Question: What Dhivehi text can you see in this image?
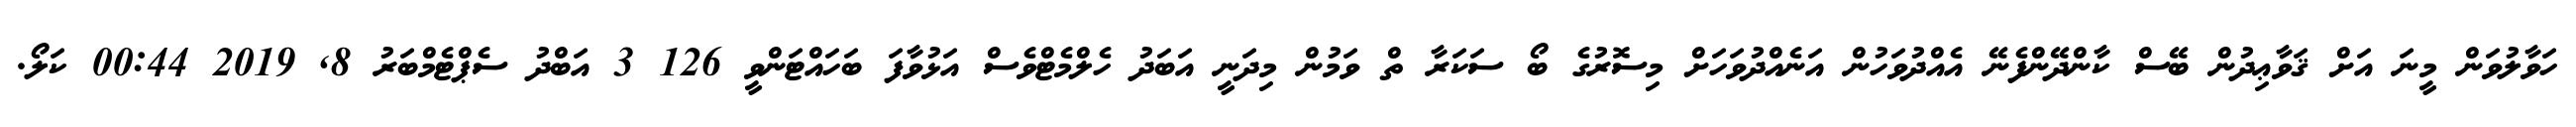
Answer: ހަވާލުވަން މީނަ އަށް ޤަވާޢިދުން ބޭސް ކާންދޭންފެނޭ އެއްދުވަހުން އަނެއްދުވަހަށް މިސޮރުގެ ބޯ ސަކަރާ ތް ވަމުން މިދަނީ އަބަދު ހެލްމެޓްވެސް އަޅުވާފަ ބަހައްޓަންވީ 126 3 އަބްދު ސެޕްޓެމްބަރު 8, 2019 00:44 ކަލޯ.